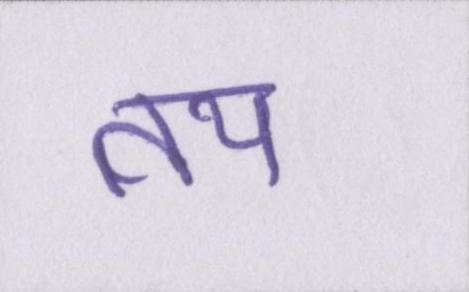
तय